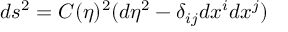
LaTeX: d s ^ { 2 } = C ( \eta ) ^ { 2 } ( d \eta ^ { 2 } - \delta _ { i j } d x ^ { i } d x ^ { j } )